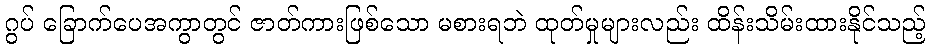
ဂွပ် ခြောက်ပေအကွာတွင် ဇာတ်ကားဖြစ်သော မစားရဘဲ ထုတ်မှုများလည်း ထိန်းသိမ်းထားနိုင်သည့်